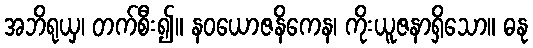
အဘိရုယှ၊ တက်စီး၍။ နဝယောဇနိကေန၊ ကိုးယူဇနာရှိသော။ ဓနု